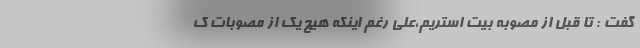
گفت : تا قبل از مصوبه بیت استریم،علی رغم اینکه هیچ یک از مصوبات ک